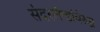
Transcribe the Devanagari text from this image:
संदरलॅन्डविरुद्ध